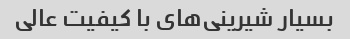
بسیار شیرینی‌های با کیفیت عالی